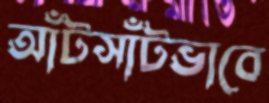
আঁটসাঁটভাবে